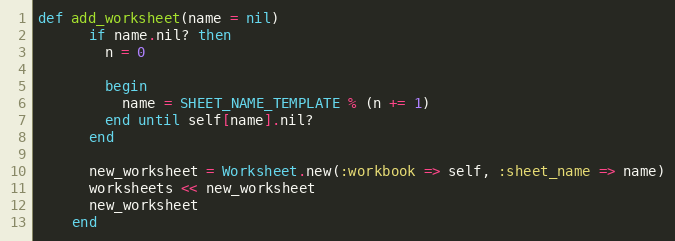
Language: Ruby
def add_worksheet(name = nil)
      if name.nil? then
        n = 0

        begin
          name = SHEET_NAME_TEMPLATE % (n += 1)
        end until self[name].nil?
      end

      new_worksheet = Worksheet.new(:workbook => self, :sheet_name => name)
      worksheets << new_worksheet
      new_worksheet
    end